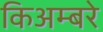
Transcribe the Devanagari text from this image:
किअम्बरे